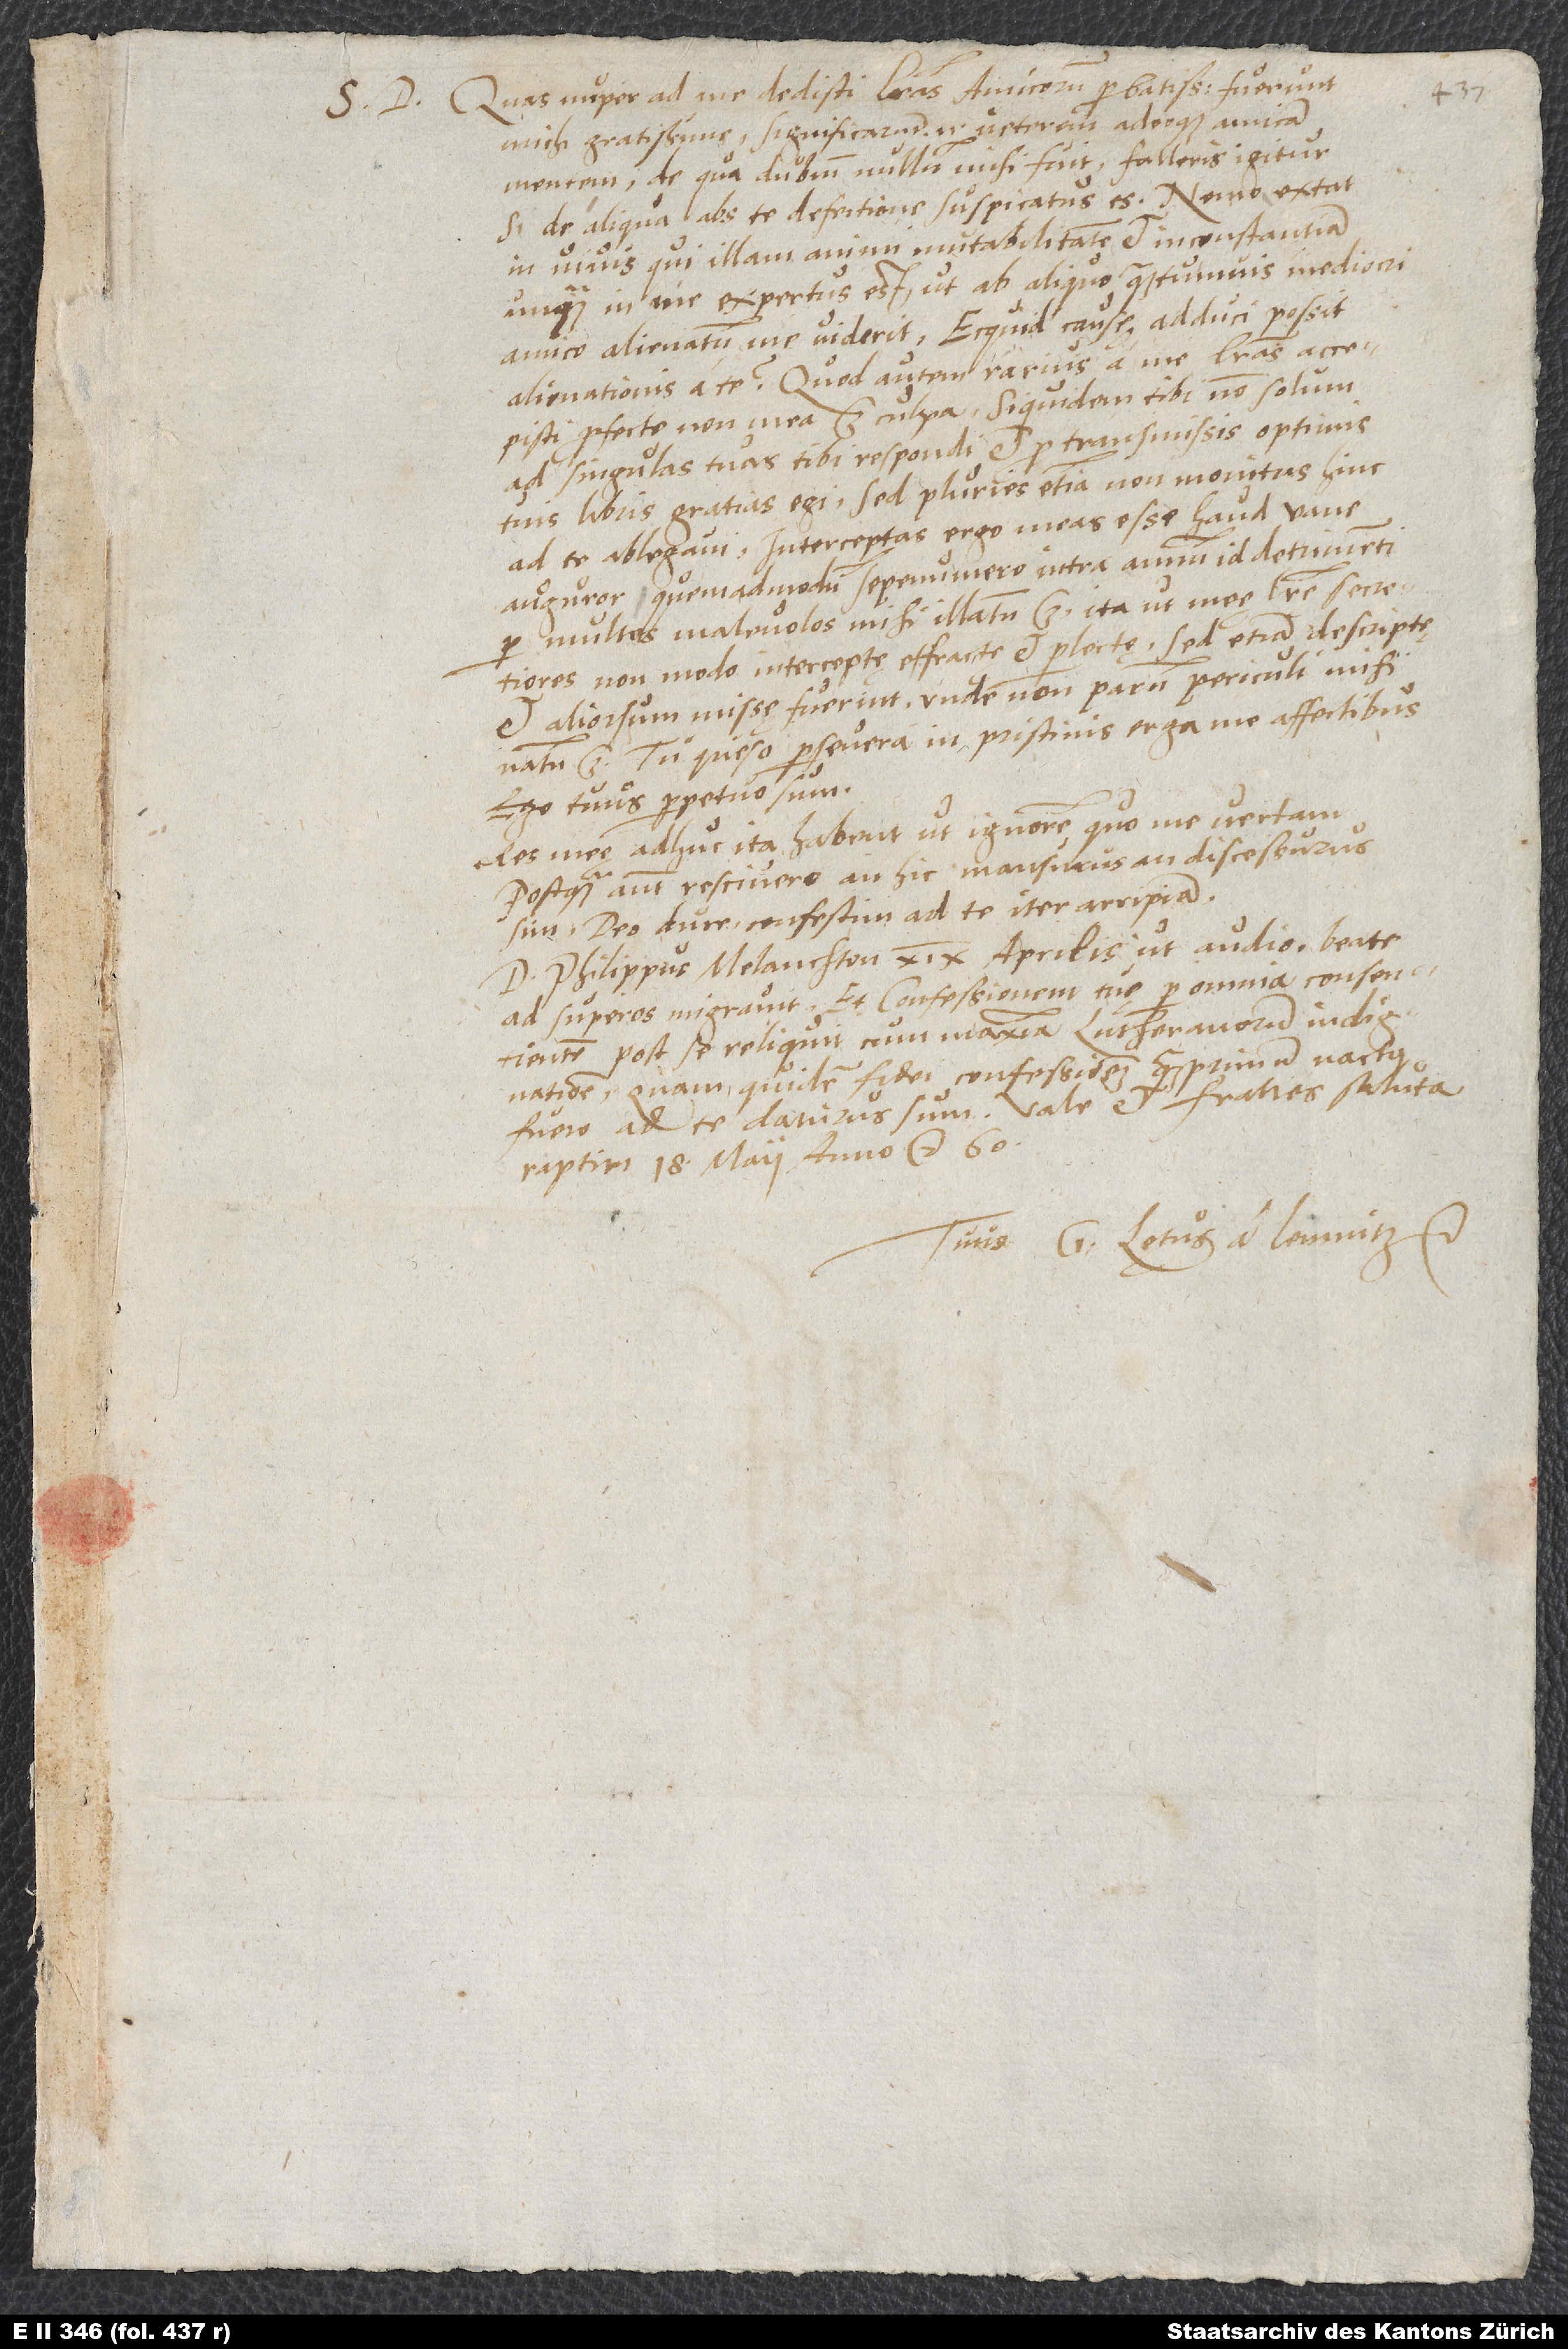
S. D. Quas nuper ad me dedisti literas, amicorum probatissime, fuerunt
michi gratissime; significarunt enim veterem adeoque amicam
mentem, de qua dubium nullum mihi fuit. Falleris igitur,
si de aliqua abs te defectione suspicatus es; nemo extat
in vivis, qui illam animi mutabilitatem et inconstantiam
unquam in me expertus est, ut aliquo quantumvis mediocri
amico alienatum me viderit. Ecquid causę adduci possit
alienationis a te? Quod autem rarius a me literas accepisti,
profecto non mea est culpa, siquidem tibi non solum
ad singulas tuas tibi respondi et pro transmissis optimis
tuis libris gratias egi, sed pluries etiam non monitus hinc
ad te ablegavi; interceptas ergo meas esse haud vane
auguror, quemadmodum sepenumero intra annum id detrimenti
per multos malevolos mihi illatum est, ita ut meę litere secretiores
non modo interceptę, effracte et perlectę, sed etiam descriptę
et aliorsum missę fuerint, unde non parum periculi mihi
natum est. Tu, queso, persevera in pristinis erga me affectibus;
ego tuus perpetuo sum.
Res meę adhuc ita habent, ut ignorem, quo me vertam;
postquam autem rescivero, an hic mansurus an discessurus
sim, deo duce confestim ad te iter arripiam.
D. Philippus Melanchton 19. aprilis, ut audio, beate
ad superos migravit et confessionem tuę per omnia consentientem
post se reliquit cum maxima Lutheranorum indignatione.
Quam quidem fidei confessionem quamprimum nactus
Raptim 18. maii anno etc. 60.
Tuus G Lętus a Lemnitz etc.